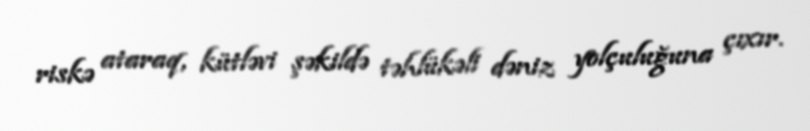
riskə ataraq, kütləvi şəkildə təhlükəli dəniz yolçuluğuna çıxır.